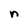
Character: n